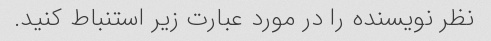
نظر نویسنده را در مورد عبارت زیر استنباط کنید.